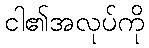
ငါ၏အလုပ်ကို